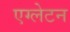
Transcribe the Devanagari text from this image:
एग्लेटन